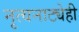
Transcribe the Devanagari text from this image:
नृत्यनाट्येही